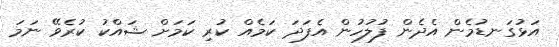
އަޅުގަނޑުމެން އެދެން ފުލުހުން އެފަދަ ކަމެއް ކުރި ކަމަށް ޝައްކު ކުރެވޭ ނަމަ